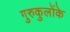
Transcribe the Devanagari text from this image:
गुरुकुलोंके